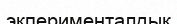
экперименталдық